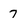
Character: 7